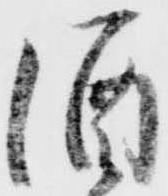
酒